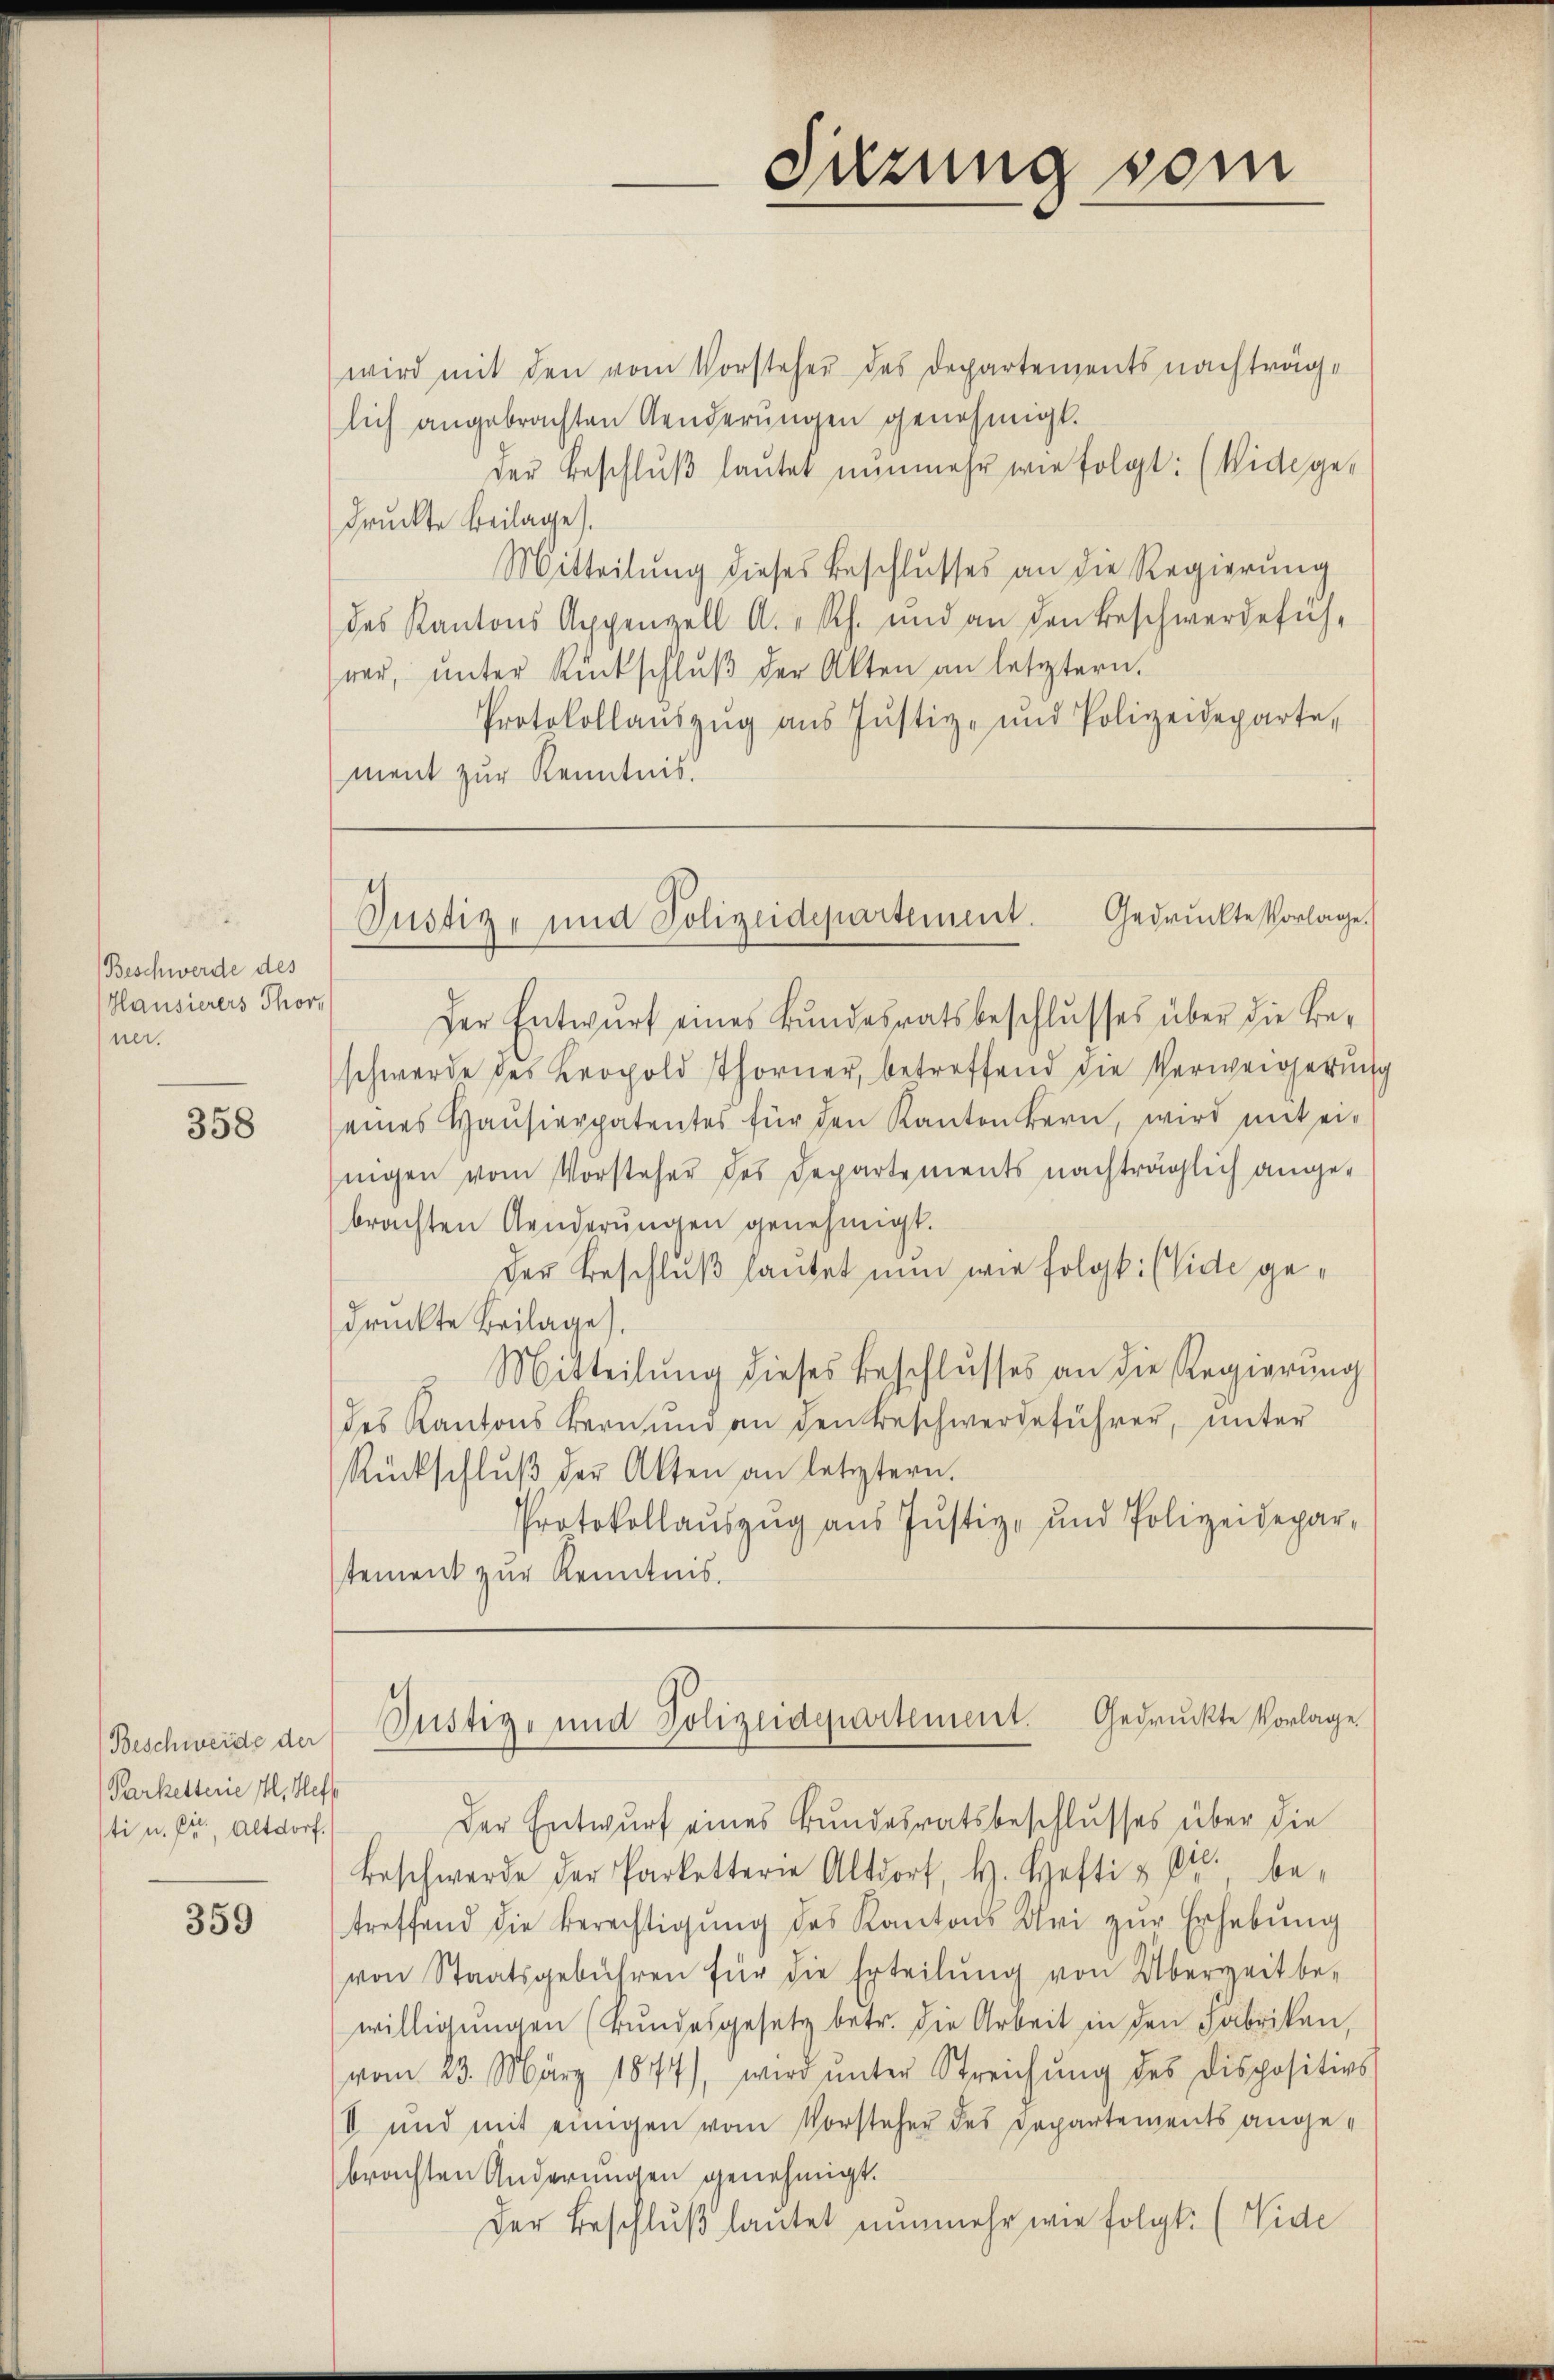
Beschwerde des
Hausierers Thore
ner.

358

Beschweide der
Parkettene Il, Heft
sti u. fr., Altdorf.

359

wird mit den vom Vorsteher des Departements nachträglich angebrachten Aenderungen genehmigt.
Der Beschlŭβ laŭtet nŭnmehr wie folgt: (Vide ge-
druckte Beilage).
Mitteilŭng dieses Beschlusses an die Regierŭng
des Kantons Appenzell A.-Rh. und an den Beschwerdefüh-
wer, ŭnter Rückschlŭβ der Akten an letztern.
Protokollaŭszŭg aŭs Justiz- und Polizeideparte,
ment zur Kenntnis.

Sitzung vom

Justiz- und Polizeidepartement. Gedruckte Vorlage.

Der Entwurf eines Bundesratsbeschlusses über die Beschwerde des Kropold Thorner, betreffend die Verweigerung
eines Haŭsierpatentes für den Kanton bern, wird mit ei-
ingen vom Vorsteher des Departements nachträglich angebrachten Aenderŭngen genehmigt.
Der Beschluß lautet nun wie folgt. (vide gedrückte Beilage).
Mitteilŭng dieses Beschlŭsses an die Regierŭng
des Kantons Bernŭng an den Beschwerdeführer, unter
Rückschlŭβ der Akten an letztern.
Protokollaŭszŭg aŭs Jŭstiz- und Polizeidepar-
stement zur Kenntnis.

Justiz- und Polizeidepartement. Gedruckte Vorlage

Der Entwurf eines Bundesratsbeschlusses über die
Beschwerde der Parketterie Altdorf, H. Hefti & Cie. betreffend die Berechtigung des Kantons Uri zur Erhebung
von Staatsgebühren für die Erteilŭng von Überzeit be-
willigŭngen (Bundesgesetz betr. die Arbeit in den Fabriken,
vom 23. März 1874), wird ŭnter Streichung des Dispositirs
II und mit einigen vom Vorsteher des Departements angebrachten Änderungen genehmigt.
Der Beschlŭβ lautet nunmehr wie folgt. (Wide